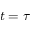
t = \tau